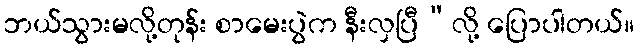
ဘယ်သွားမလို့တုန်း စာမေးပွဲက နီးလှပြီ”လို့ ပြောပါတယ်။